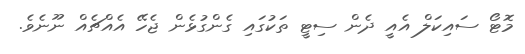
މޮޓޯ ސައިކަލް އެއީ ދެން ސިޓީ ތަކުގައި ގެންގުޅެން ޖެހޭ އެއްޗެއް ނޫނެވެ.